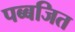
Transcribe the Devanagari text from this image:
पब्बजित